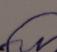
Signature authenticity: forged